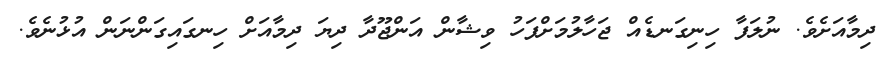
ދިމާއަށެވެ. ނުލަފާ ހިނިގަނޑެއް ޖަހާލުމަށްފަހު ވިޝާން އަންޖޫދާ ދިޔަ ދިމާއަށް ހިނގައިގަންނަން އުޅުނެވެ.